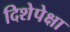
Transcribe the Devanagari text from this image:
दिशेपेक्षा